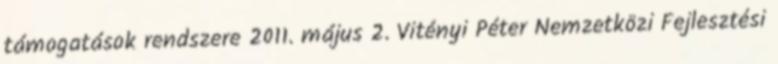
támogatások rendszere 2011. május 2. Vitényi Péter Nemzetközi Fejlesztési